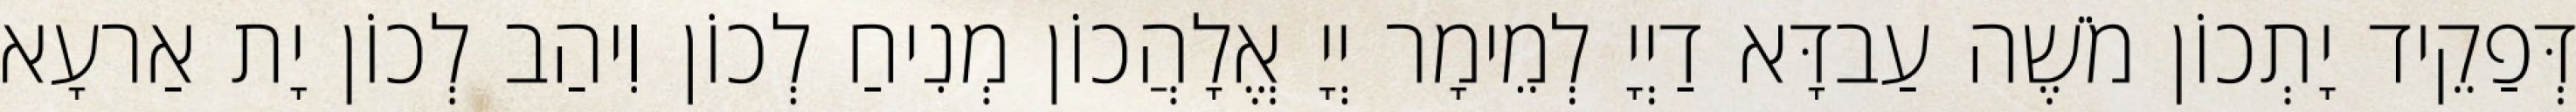
דְּפַקֵיד יָתְכוֹן מֹשֶׁה עַבדָּא דַיְיָ לְמֵימָר יְיָ אֱלָהֲכוֹן מְנִיחַ לְכוֹן וִיהַב לְכוֹן יָת אַרעָא